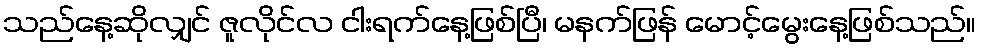
သည်နေ့ဆိုလျှင် ဇူလိုင်လ ငါးရက်နေ့ဖြစ်ပြီ၊ မနက်ဖြန် မောင့်မွေးနေ့ဖြစ်သည်။